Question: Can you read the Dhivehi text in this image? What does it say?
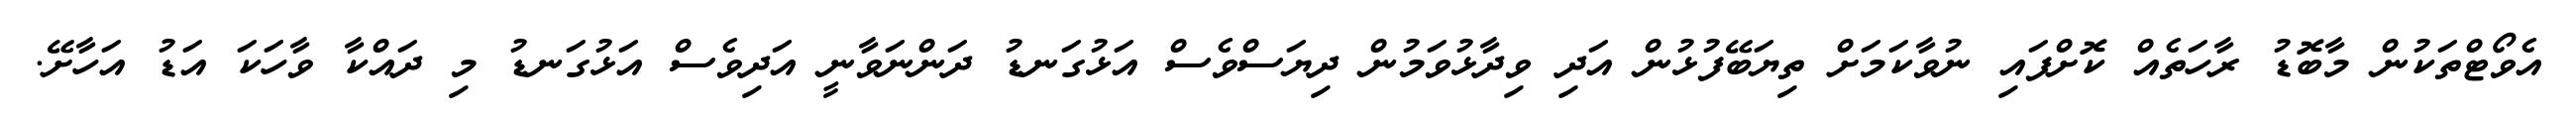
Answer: އެވޯޓްތަކުން މާބޮޑު ރާހަތެއް ކޮށްފައި ނުވާކަމަށް ތިޔަބޭފުޅުން އަދި ވިދާޅުވަމުން ދިޔަސްވެސް އަޅުގަނޑު ދަންނަވާނީ އަދިވެސް އަޅުގަނޑު މި ދައްކާ ވާހަކަ އަޑު އަހާށޭ.